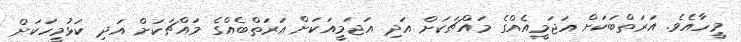
މީހާއެވެ. އަރަތްބަކަށް އަޖަމީއެއްގެ މައްޗަކަށް އަދި އަޖަމީއަކަށް އަރަތްބެއްގެ މައްޗަކަށް އަދި ކަޅުމީހަކަށް